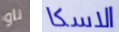
ناو الاسكا